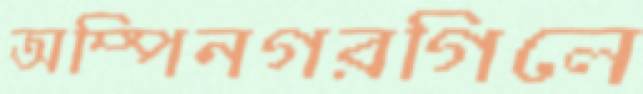
অম্পিনগরগিলে